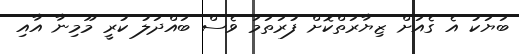
ބަޔަކު އެ ގެއަށް ޒިޔާރަތްކޮށް ފުރަތަމަ ވެސް ބައްދަލު ކުރީ މޫމިނާ އާއި